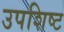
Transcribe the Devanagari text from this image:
उपशिष्ट